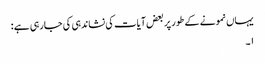
یہاں نمونے کے طور پر بعض آیات کی نشاندہی کی جارہی ہے :
١۔